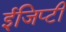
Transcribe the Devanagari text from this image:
ईजिप्टी